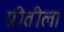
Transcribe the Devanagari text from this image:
प्रीतीला